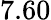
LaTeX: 7.60